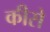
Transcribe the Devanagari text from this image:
कीसे